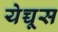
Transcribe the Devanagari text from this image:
येच्चूस